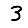
Digit: 3